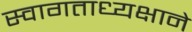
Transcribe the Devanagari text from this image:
स्वागताध्यक्षाने